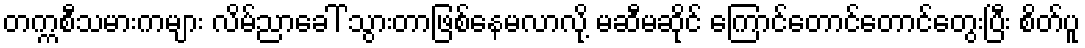
တက္ကစီသမားကများ လိမ်ညာခေါ် သွားတာဖြစ်နေမလာလို့ မဆီမဆိုင် ကြောင်တောင်တောင်တွေးပြီး စိတ်ပူ